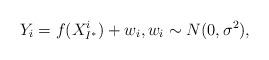
LaTeX: \begin{align*}Y_i = f(X^i_{I^\ast}) + w_i,w_i\sim N(0,\sigma^2),\end{align*}